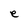
Character: e